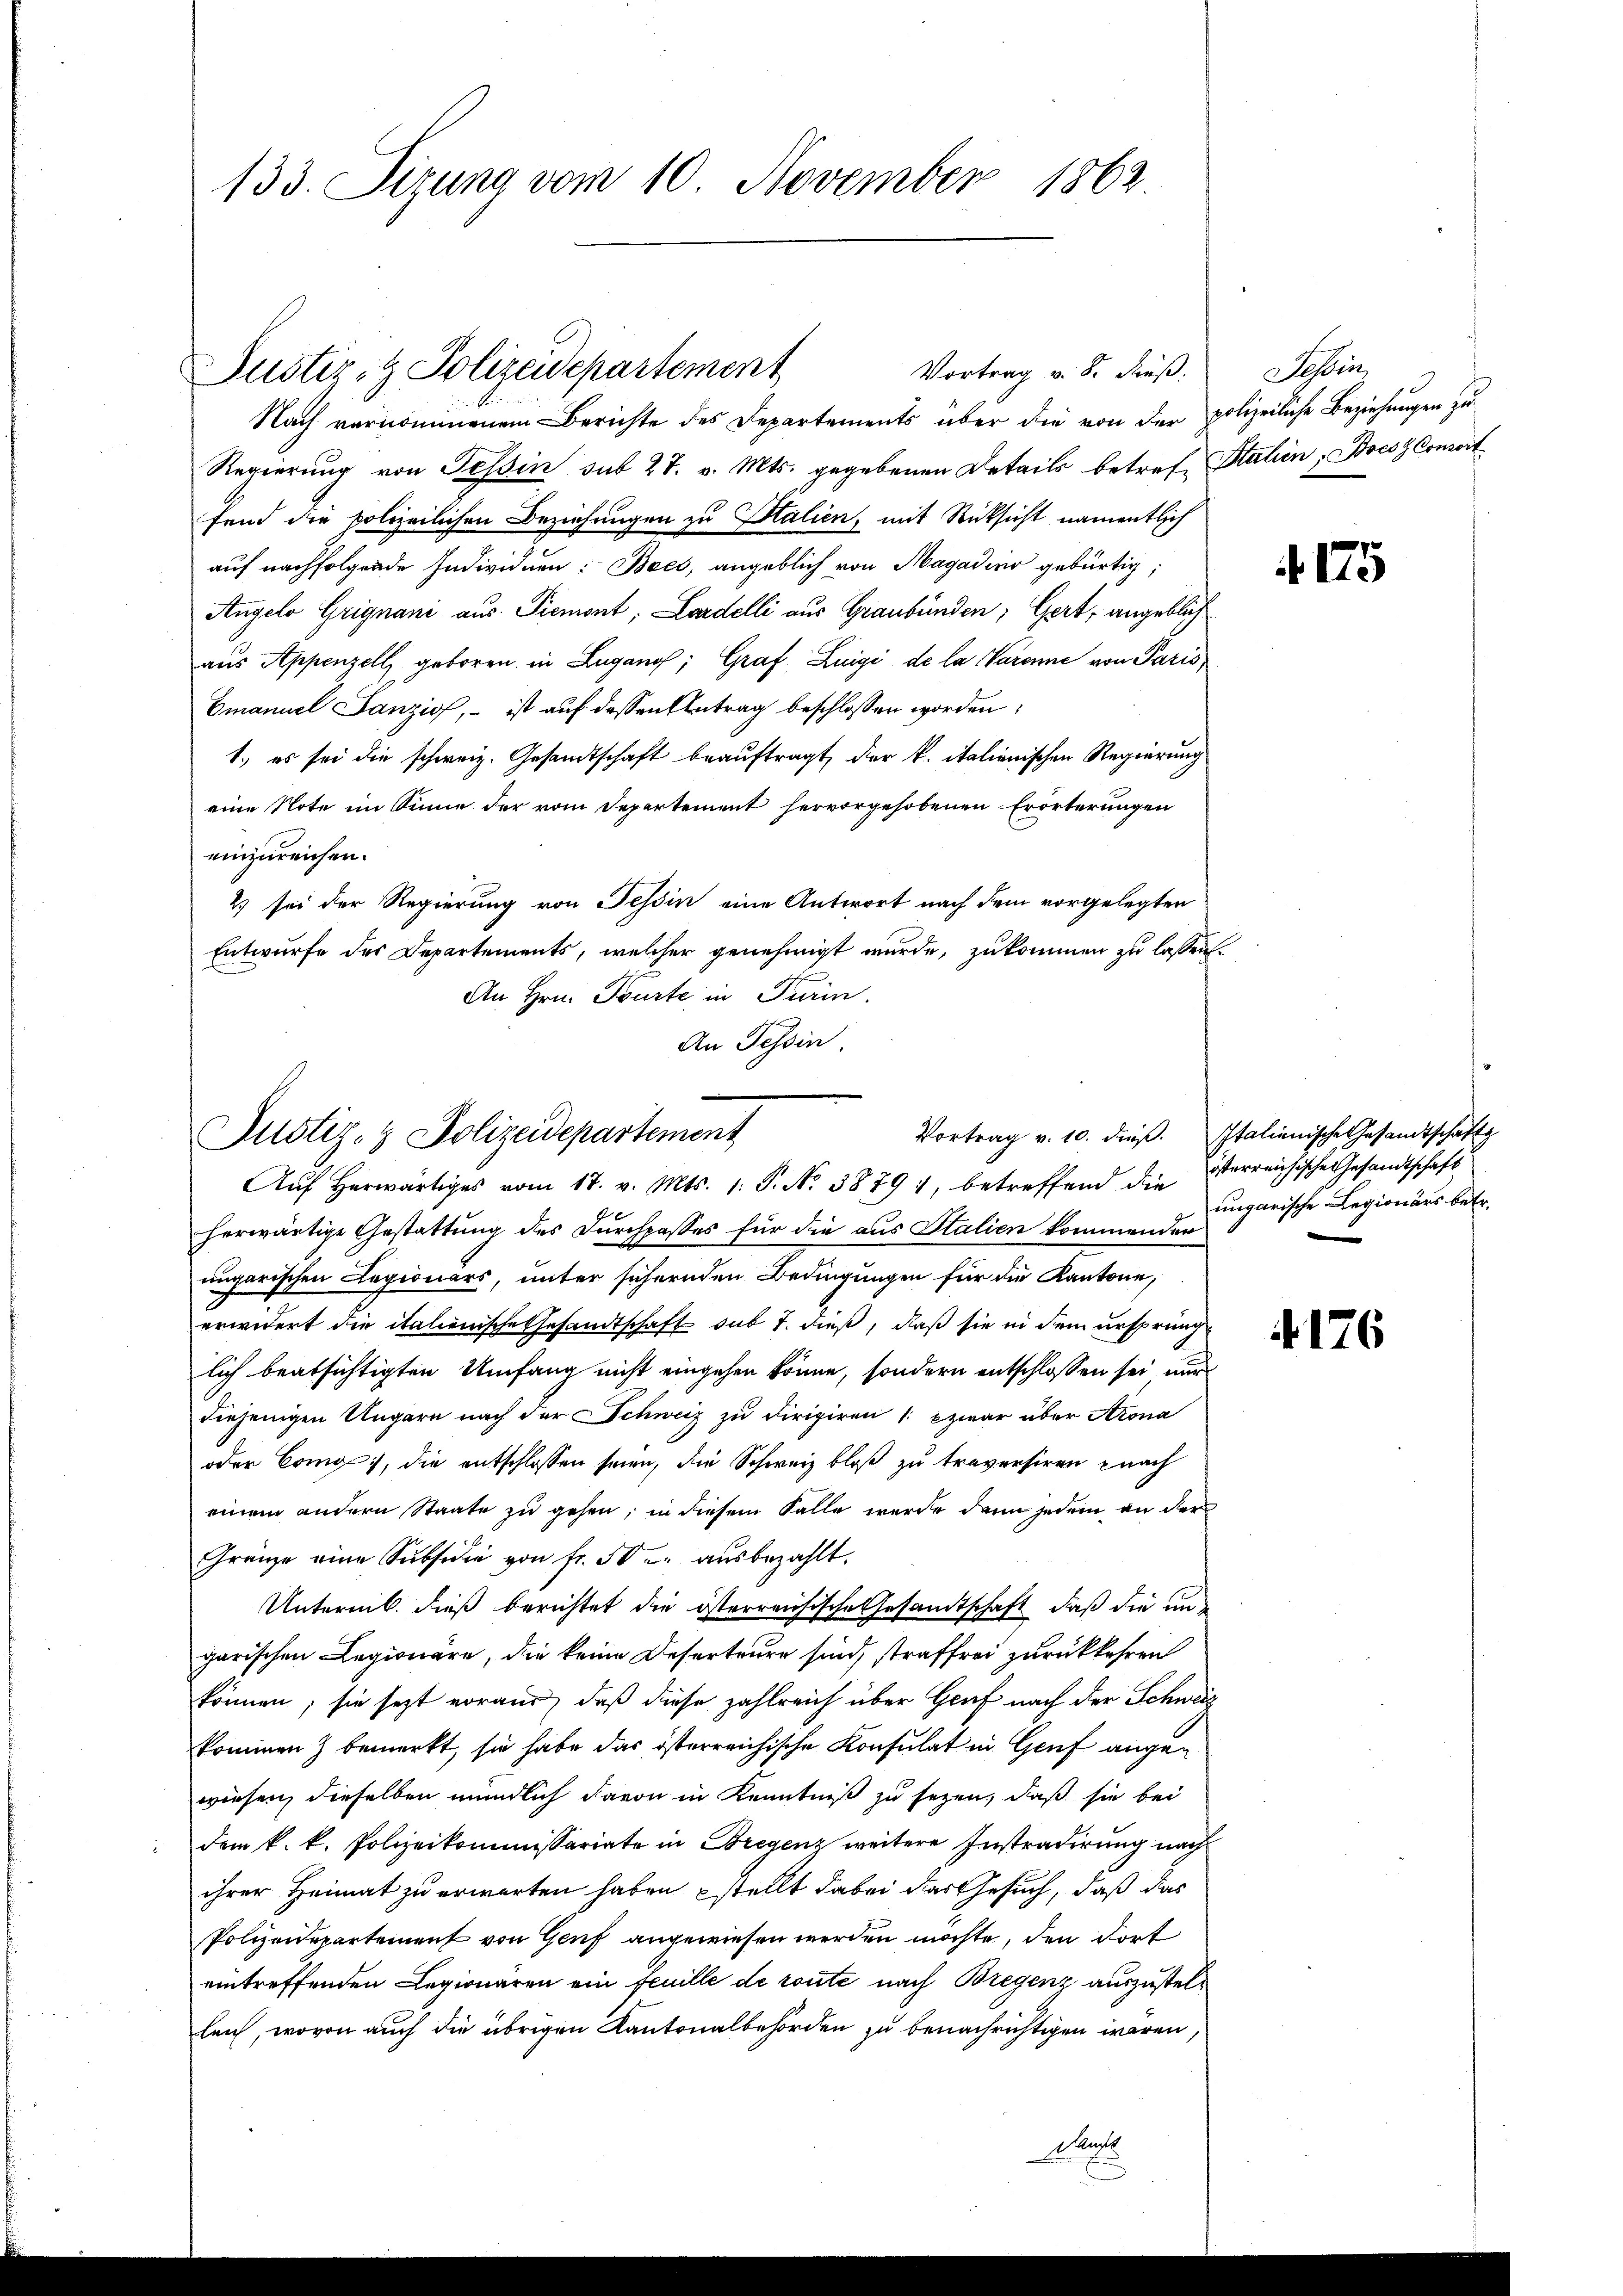
133. Sizung vom 10. November 1862

Vortrag v. 8. Fuß.
Nach vernommenem Berichte des Departements über die von der polizeiliche Beziehungen zu
Regierung von Tessin sub 27. v. Mts. gegebenen Details betref Statien, Boes Consort
fend die polizeilichen Beziehungen zu Salien, mit Rücksicht namentlich
auf nachfolgende Individuen: Bees, angeblich von Magadino gebürtig;
Angelo Grignani aus Piemont, Lardelli aus Graubünden; Gert, angeblich
aus Appenzell geboren in Lugano, Graf Luigi de la Varenne von Paris
Emanuel Janzis, - ist auf dessen Antrag beschlossen worden,
1.) es sei die schweiz. Gesandtschaft beauftragt, der k. italienischen Regierung
eine Note im Sinne der vom Departement hervorgehobenen Erörterungen
einzureichen.
2 sei der Regierung von Tessin eine Antwort nach dem vorgelegten
Entwurfe des Departements, welcher genehmigt wurde, zukommen zu lassen.
An Hrn. Tourte in Turin.
An Tessin

Justiz- & Polizeidepartement

Justiz- & Polizeidepartement

Aŭf herwärtiges vom 17. v. Mts. 1. P. N. 38791, betreffend die verreichische Gesandtschaft
herwärtige Gestattung des Durchpasses für die aus Italien kommenden
ungarischen Legionars, unter sichernden Bedingungen für die Kantone,
erwidert die italienische Gesandtschaft sub 7. dieß, daß sie in dem ursprung
lich beabsichtigten Umfang nicht eingehen könne, sondern entschlossen sei, nur
diejenigen Ungarn nach der Schweiz zu dirigiren 1. zwar über Atrona
oder Cong), die entschlossen seien, die Schweiz bloß zu traversiren nach
einem andern Staate zu gehen, in diesem Falle wurde dann jedem an der
Gränze eine Subsidie von fr. 50 u. aŭsbezahlt.
Unternib. dieß berichtet die österreichische Gesandtschaft, daß die un
garischen Legionäre, die keine Deserteure sind, straffrei zurückkehren
können; sie jezt voraus, daß diese zahlreich über Genf nach der Schweiz
kommen & bemerkt, sie habe das österreichische Konsulat in Genf angewiesen, dieselben mündlich davon in Kenntniß zu sezen, daß sie bei
dem k. k. Polizeikommissariate in Bregenz weitere Instradirung nach
ihrer Heimat zu erwarten haben stellt dabei das Gesuch, daß das
Polizeidepartement von Genf angewiesen werden möchte, den dort
eintreffenden Legionären ein Feuille de route nach Bregenz auszustelleich, wovon auch die übrigen Kantonalbehörden zu benachrichtigen waren,
Ma

Sehen,

4175

Vortrag v. 10. dieß. Italienische Gesandtschaft
ungarische Legionärs betr.

4176